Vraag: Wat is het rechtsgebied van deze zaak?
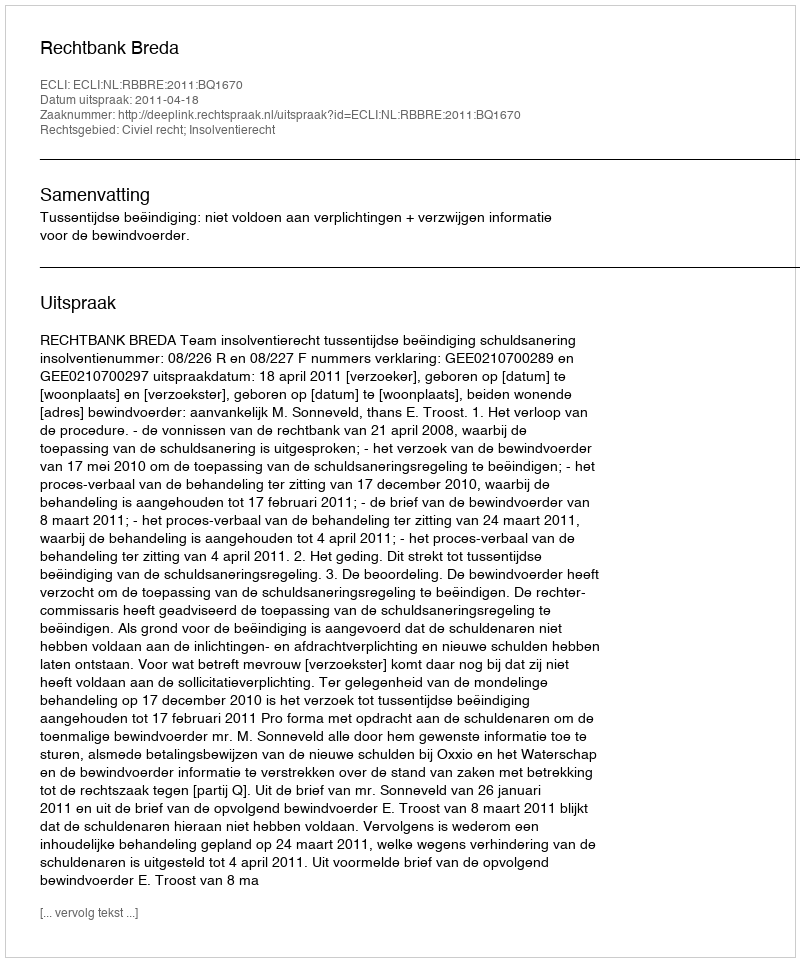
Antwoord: Civiel recht; Insolventierecht